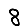
Digit: 8